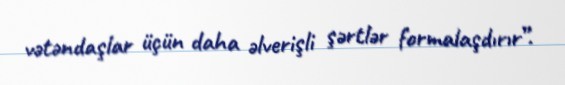
vətəndaşlar üçün daha əlverişli şərtlər formalaşdırır”.